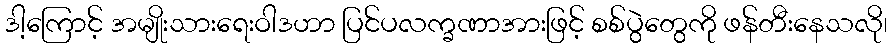
ဒါ့ကြောင့် အမျိုးသားရေးဝါဒဟာ ပြင်ပလက္ခဏာအားဖြင့် စစ်ပွဲတွေကို ဖန်တီးနေသလို၊